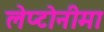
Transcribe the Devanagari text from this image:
लेप्टोनीमा